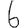
Digit: 6